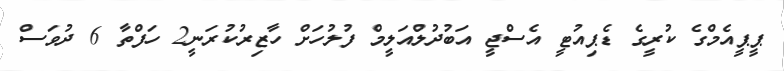
ޕީޕީއެމްގެ ކުރީގެ ޑެޕިއުޓީ އެސްޖީ އަބުދުލްއަލީމް ފުލުހަށް ހާޒިރުކުރަނީ2 ހަފްތާ 6 ދުވަސް